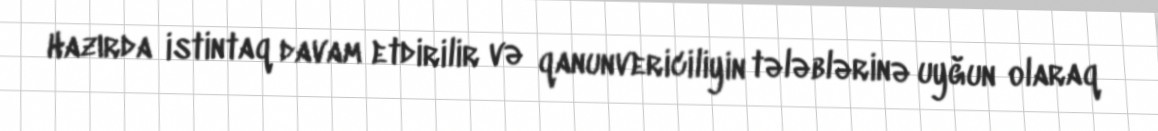
Hazırda istintaq davam etdirilir və qanunvericiliyin tələblərinə uyğun olaraq